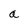
Character: a